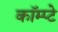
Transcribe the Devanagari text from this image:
कॉम्प्टे